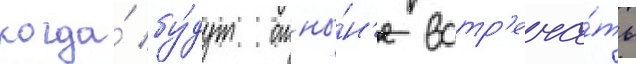
когда́ бу́дут отны́н'е встр'еча́ть